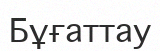
Бұғаттау